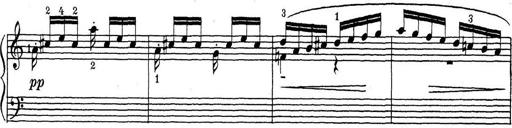
Title: ÄŒeskÃ© Sonatiny
Composer: Various